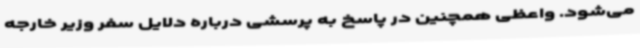
می‌شود. واعظی همچنین در پاسخ به پرسشی درباره دلایل سفر وزیر خارجه